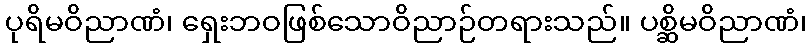
ပုရိမဝိညာဏံ၊ ရှေးဘဝဖြစ်သောဝိညာဉ်တရားသည်။ ပစ္ဆိမဝိညာဏံ၊